Scottish Leaving Certificate Examination, 1958
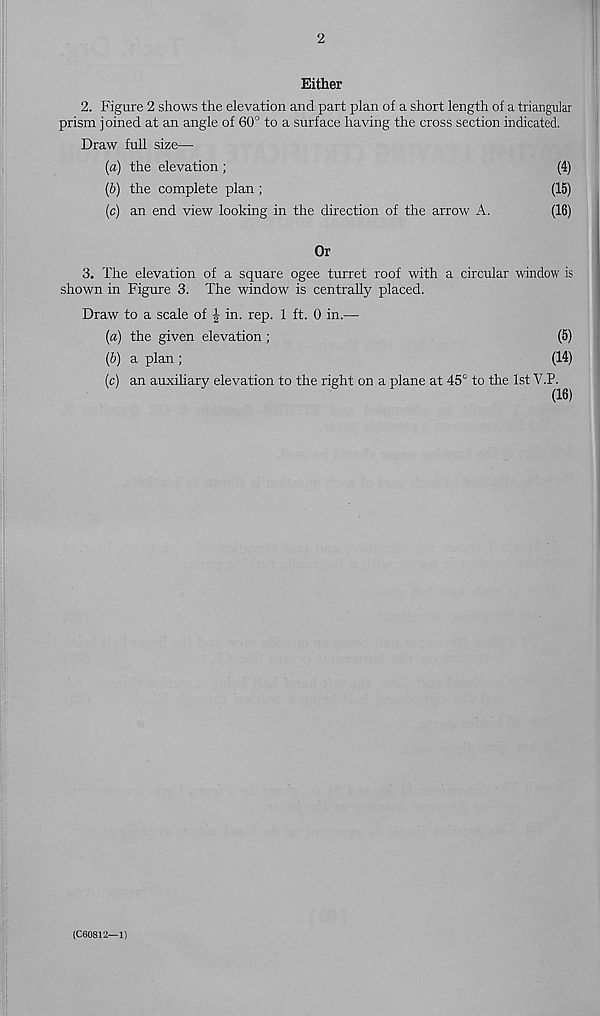
2
Either
2. Figure 2 shows the elevation and part plan of a short length of a triangular
prism joined at an angle of 60° to a surface having the cross section indicated.
Draw full size—
(a) the elevation ;
(4)
(b) the complete plan;
(15)
(c) an end view looking in the direction of the arrow A.
(16)
Or
3. The elevation of a square ogee turret roof with a circular window is
shown in Figure 3. The window is centrally placed.
Draw to a scale of | in. rep. 1 ft. 0 in.—
(a) the given elevation ;
(5)
(b) a plan ;
(14)
(c) an auxiliary elevation to the right on a plane at 45° to the 1st V.P.
(16)
(C60812—1)